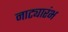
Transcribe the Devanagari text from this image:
नाट्यारंभ